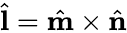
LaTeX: \hat{\mathbf{l}}=\hat{\mathbf{m}}\times\hat{\mathbf{n}}